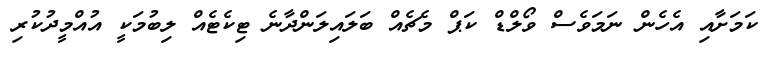
ކަމަށާއި އެހެން ނަމަވެސް ވޯލްޑް ކަޕް މެޗެއް ބަލައިލަންދާނެ ޓިކެޓެއް ލިބުމަކީ އުއްމީދުކުރި